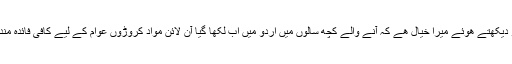
اس کو دیکھتے ھوئے میرا خیال ھے کہ آنے والے کچھ سالوں میں اردو میں اب لکھا گیا آن لائن مواد کروڑوں عوام کے لیے کافی فائدہ مند ھوگا۔